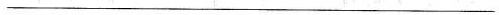
___